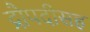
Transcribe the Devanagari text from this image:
द्रौपदीसह